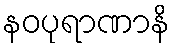
နဝပုရာဏာနိ